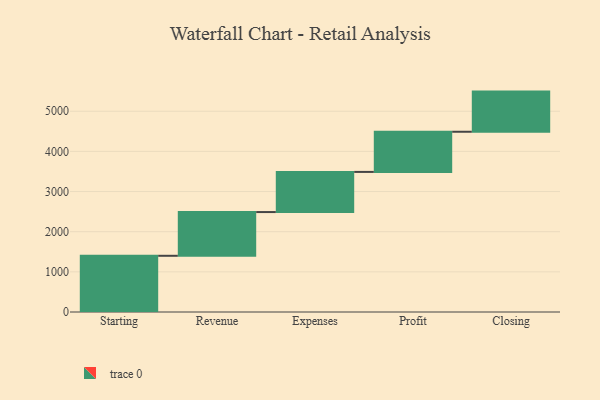
{"axis": {"x": "Step", "y": "Value"}, "legend": [""], "data": [{"x": "Starting", "y": 1400.0, "type": ""}, {"x": "Revenue", "y": 1089.0, "type": ""}, {"x": "Expenses", "y": 1000, "type": ""}, {"x": "Profit", "y": 1000, "type": ""}, {"x": "Closing", "y": 1000, "type": ""}]}